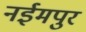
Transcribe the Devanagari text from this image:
नईमपुर